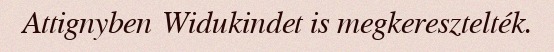
Attignyben Widukindet is megkeresztelték.